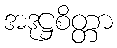
အဒုဋ္ဌစိတ္တာ